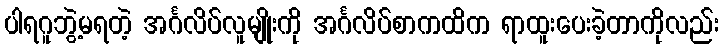
ပါရဂူဘွဲ့မရတဲ့ အင်္ဂလိပ်လူမျိုးကို အင်္ဂလိပ်စာကထိက ရာထူးပေးခဲ့တာကိုလည်း